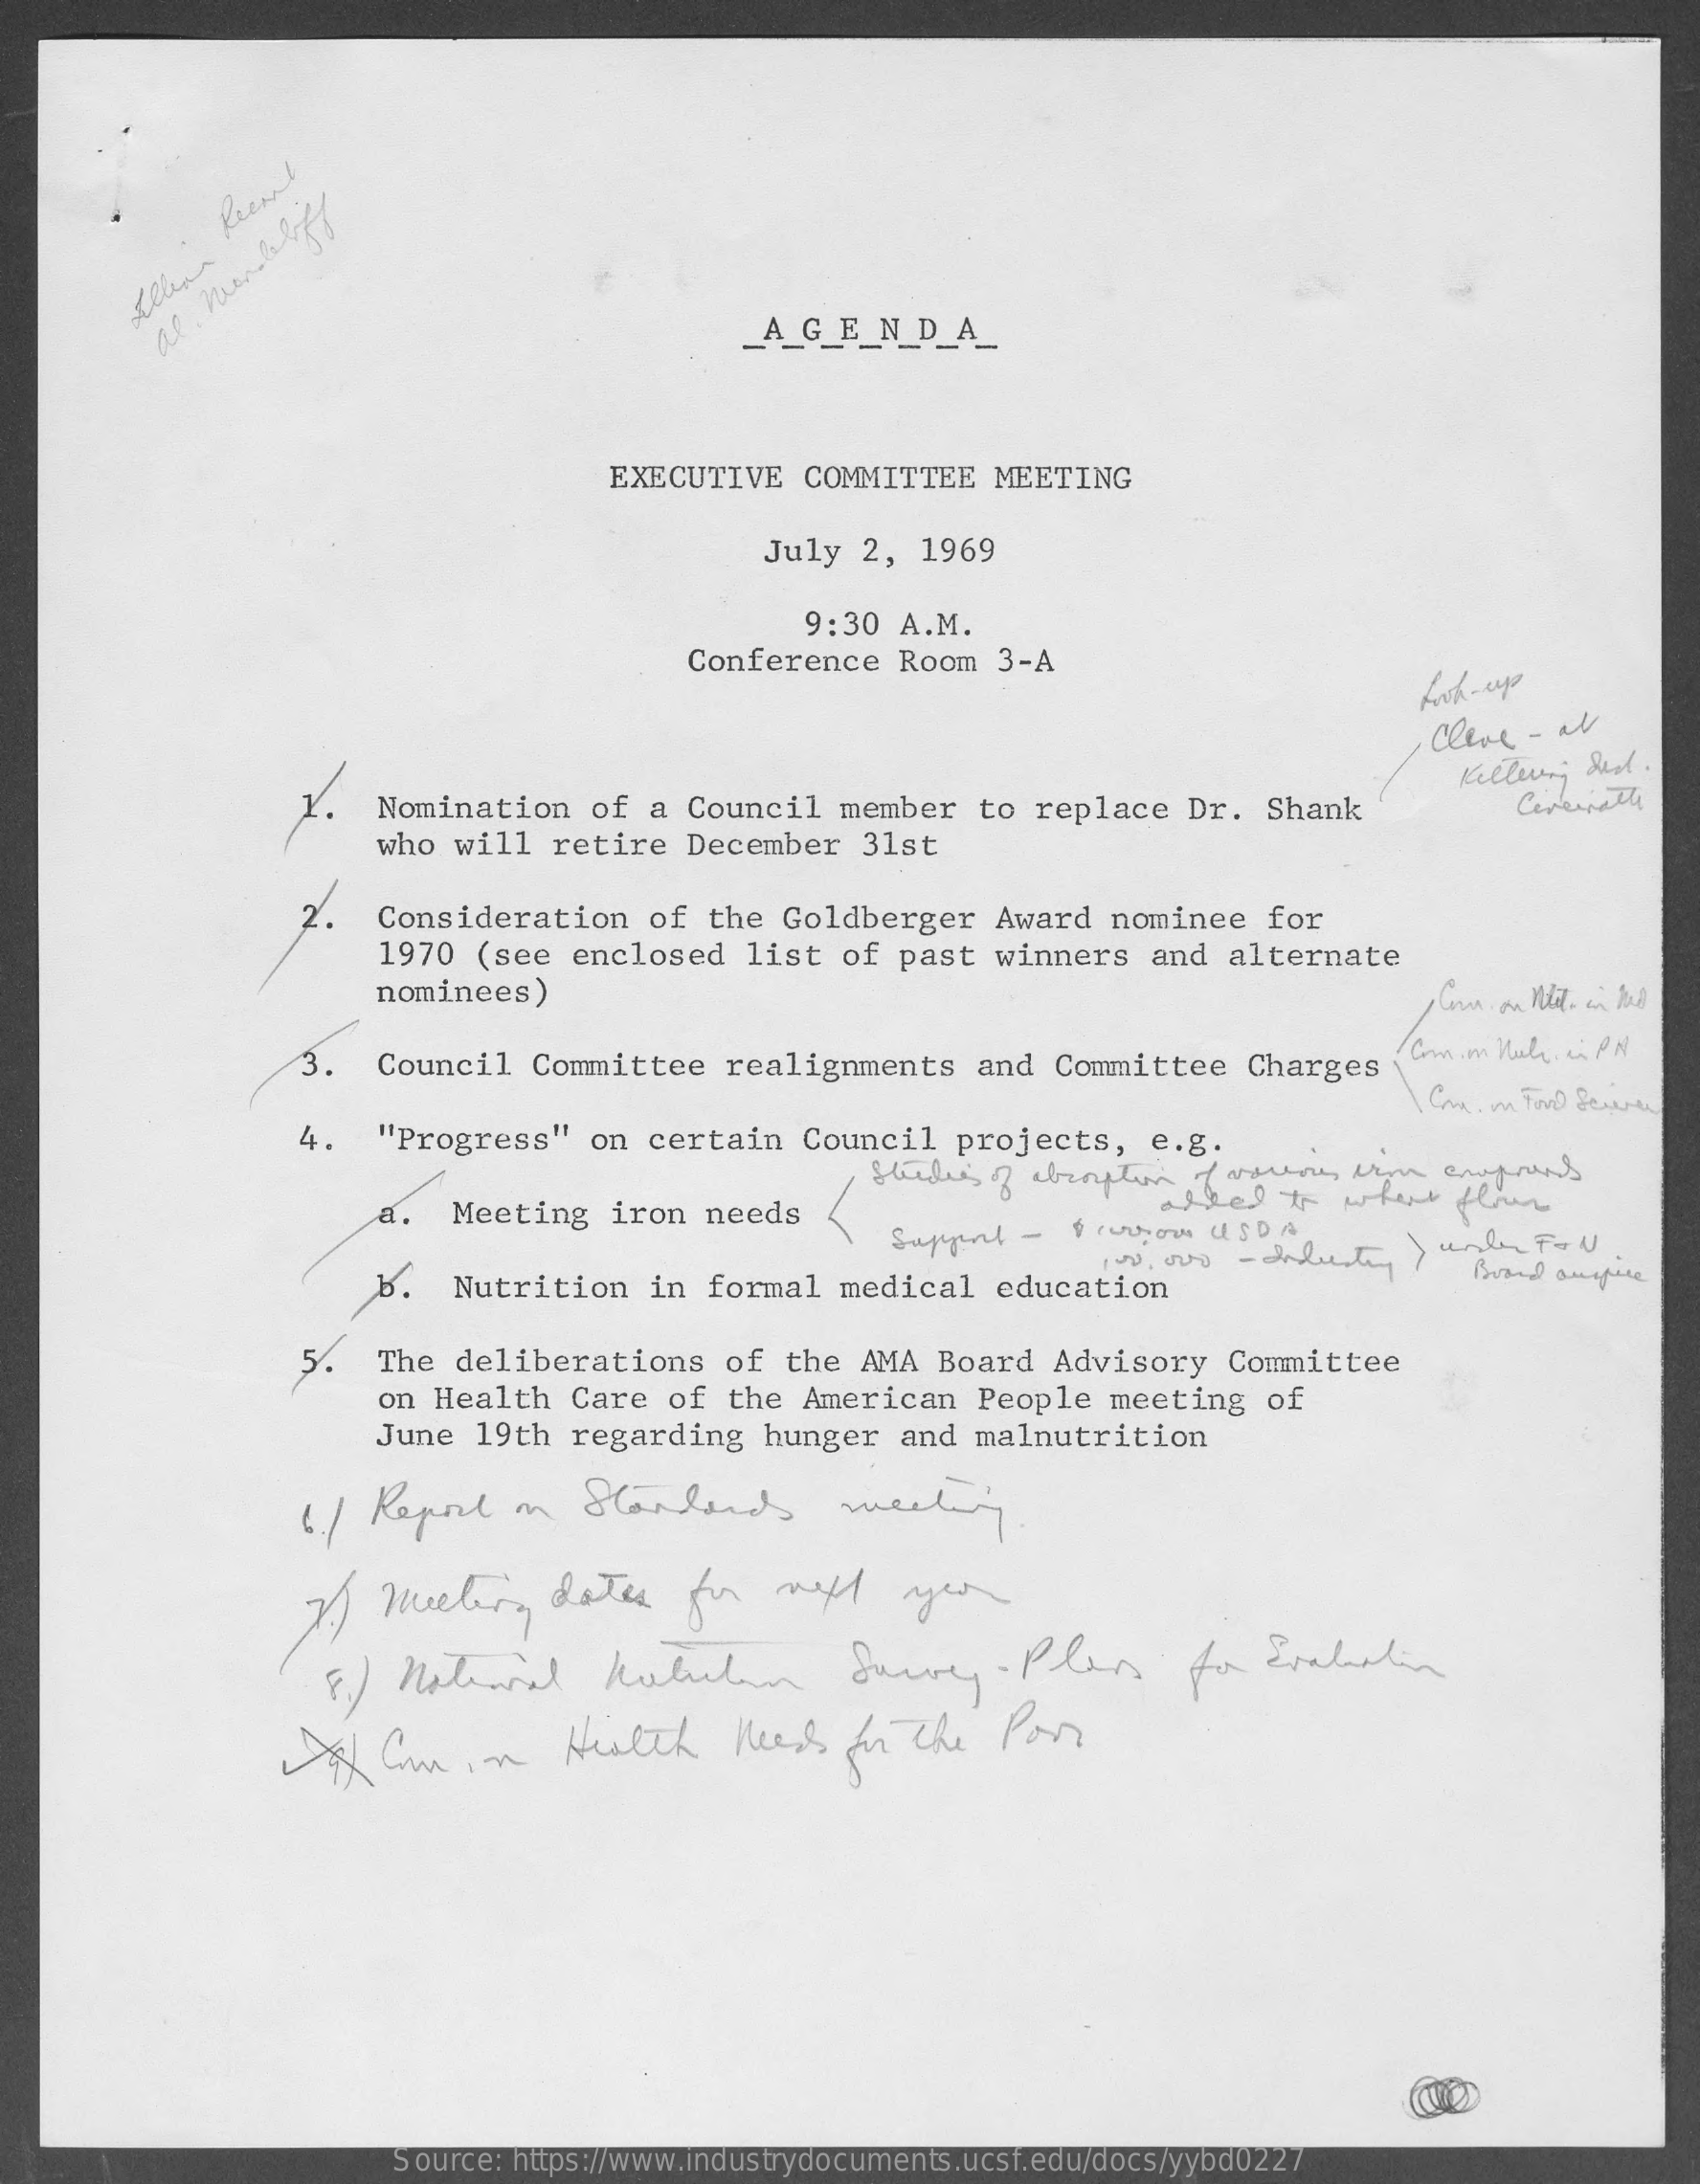
AGENDA
     EXECUTIVE   COMMITTEE   MEETING
     July  2,  1969
     9:30 A.M.
     Conference   Room   3-A
     hook-ups
     cleve - al
     1.    Nomination   of  a Council   member   to  replace   Dr.  Shank
     Kettering Led.
     Cercinathe
     who will   retire  December    31st
     2.  Consideration    of  the  Goldberger   Award   nominee   for
     1970  (see  enclosed   list  of  past  winners    and alternate
     nominees)
     3.  Council   Committee    realignments    and  Committee    Charges
     Crmsim Mel, in PN
     4.  "Progress"    on  certain   Council   projects,    e.g.
     studies of absorption of verines aron anpoints
     alled   to  where  flims
     a.   Meeting   iron  needs
     Support -  Poursom  USDA
     B.    Nutrition   in  formal  medical    education
     5.  The  deliberations    of  the  AMA  Board  Advisory   Committee
     on Health   Care  of  the  American   People   meeting   of
     June  19th  regarding    hunger  and  malnutrition
     6./ Report   on  Standards    meeting
     7)  meeting    dates    for   well    your
     F./ National    Robuchon    Survey.    Plans    for  Evaluation
     ICan    in    Health    Need    for the  Por
     Source: https://www.industrydocuments.ucsf.edu/docs/yybd0227